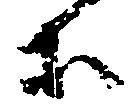
等